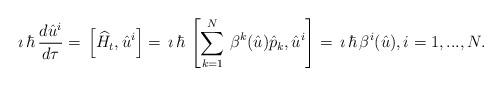
LaTeX: \begin{align*} \imath\, \hbar\,\frac{d \hat{u}^i}{d\tau}=\,\left[\widehat{H}_t,\hat{u}^i\right]=\,\imath\, \hbar\,\left[ \sum^N_{k=1}\,{\beta}^{k}(\hat{u})\hat{p}_{k},\hat{u}^i\right]=\,\imath\, \hbar\,{\beta}^{i}( \hat{u}),i=1,...,N. \end{align*}